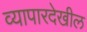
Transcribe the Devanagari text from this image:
व्यापारदेखील